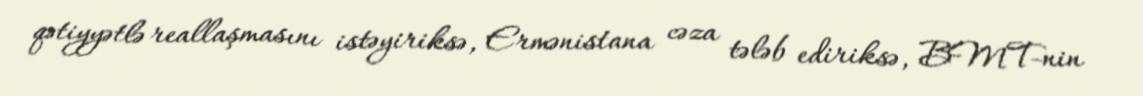
qətiyyətlə reallaşmasını istəyiriksə, Ermənistana cəza tələb ediriksə, BMT-nin